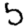
Digit: 5